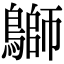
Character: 鶳